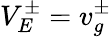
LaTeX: V_{E}^{\pm}=v_{g}^{\pm}